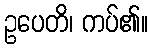
ဥပေတိ၊ ကပ်၏။